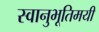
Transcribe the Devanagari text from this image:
स्वानुभूतिमयी